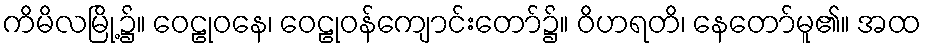
ကိမိလမြို့၌။ ဝေဠုဝနေ၊ ဝေဠုဝန်ကျောင်းတော်၌။ ဝိဟရတိ၊ နေတော်မူ၏။ အထ